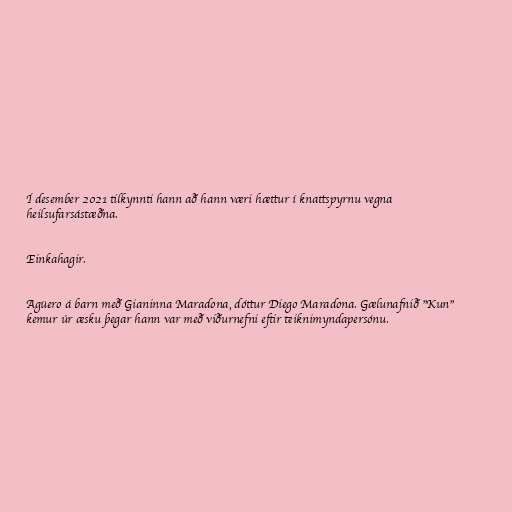
Í desember 2021 tilkynnti hann að hann væri hættur í knattspyrnu vegna
heilsufarsástæðna.

Einkahagir.

Agüero á barn með Gianinna Maradona, dóttur Diego Maradona. Gælunafnið "Kun"
kemur úr æsku þegar hann var með viðurnefni eftir teiknimyndapersónu.